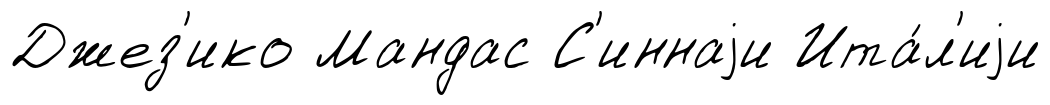
Джез'ико Мандас С'иннаjи Ита́л'иjи